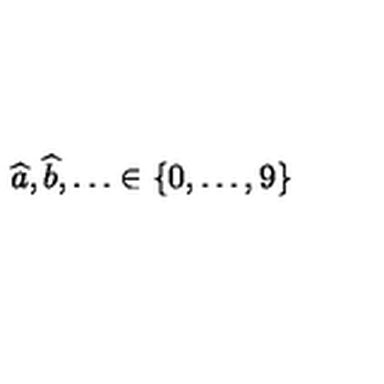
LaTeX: \widehat { a } , \widehat { b } , \ldots \in \{ 0 , \ldots , 9 \}